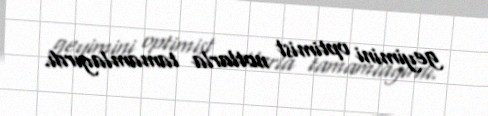
geyimini optimist notlarla tamamlayırdı.